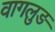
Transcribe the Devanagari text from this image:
वागलुङ